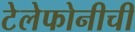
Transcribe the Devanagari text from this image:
टेलेफोनीची